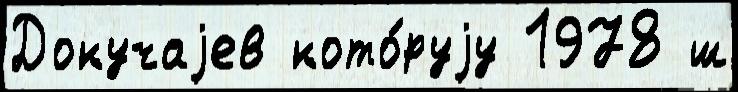
Докучаjев кото́руjу 1978 ш